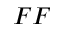
F F